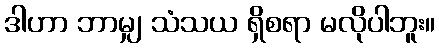
ဒါဟာ ဘာမျှ သံသယ ရှိစရာ မလိုပါဘူး။